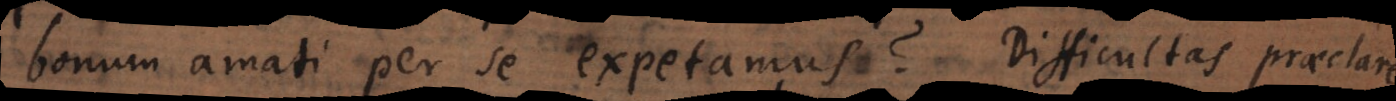
bonum amati per se expetamus? Difficultas praeclare